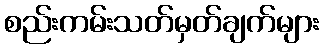
စည်းကမ်းသတ်မှတ်ချက်များ